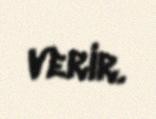
verir.